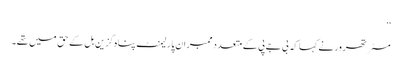
‘‘
مسٹر تھرور نے کہا کہ بی جے پی کے متعدد ممبران پارلیمنٹ پناہ گزین بل کے حق میں تھے۔